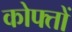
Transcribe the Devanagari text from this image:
कोफ्तों